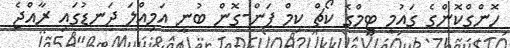
ހޮންގްކޮންގެ ގައުމީ ޓީމްގެ ކޯޗް ކިމް ޕަން-ގޮން ބުނީ އަމިއްލަ ދަނޑުގައި ރާއްޖެ